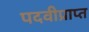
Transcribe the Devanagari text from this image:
पदवीप्राप्त